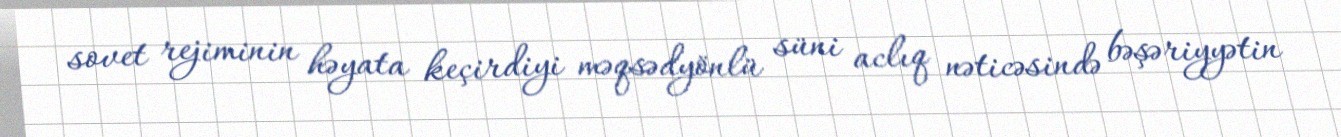
sovet rejiminin həyata keçirdiyi məqsədyönlü süni aclıq nəticəsində bəşəriyyətin